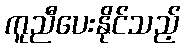
ကူညီပေးနိုင်သည့်